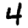
Digit: 4